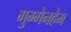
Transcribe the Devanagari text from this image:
गुग्गेनहेम